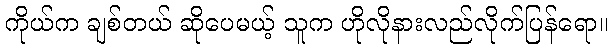
ကိုယ်က ချစ်တယ် ဆိုပေမယ့် သူက ဟိုလိုနားလည်လိုက်ပြန်ရော။